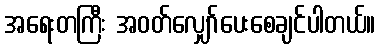
အရေးတကြီး အဝတ်လျှော်ပေးစေချင်ပါတယ်။